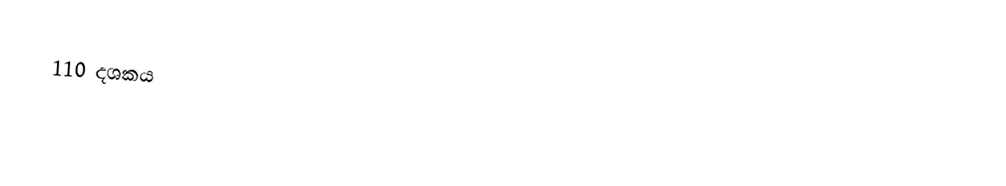
110 දශකය